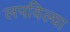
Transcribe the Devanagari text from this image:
लपविल्या